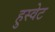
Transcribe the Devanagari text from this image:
हुस्वेट